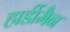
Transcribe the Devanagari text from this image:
हार्डीमैन